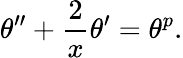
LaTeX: \theta^{\prime\prime}+\frac{2}{x}\theta^{\prime}=\theta^{p}.